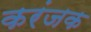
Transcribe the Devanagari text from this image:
करंजक